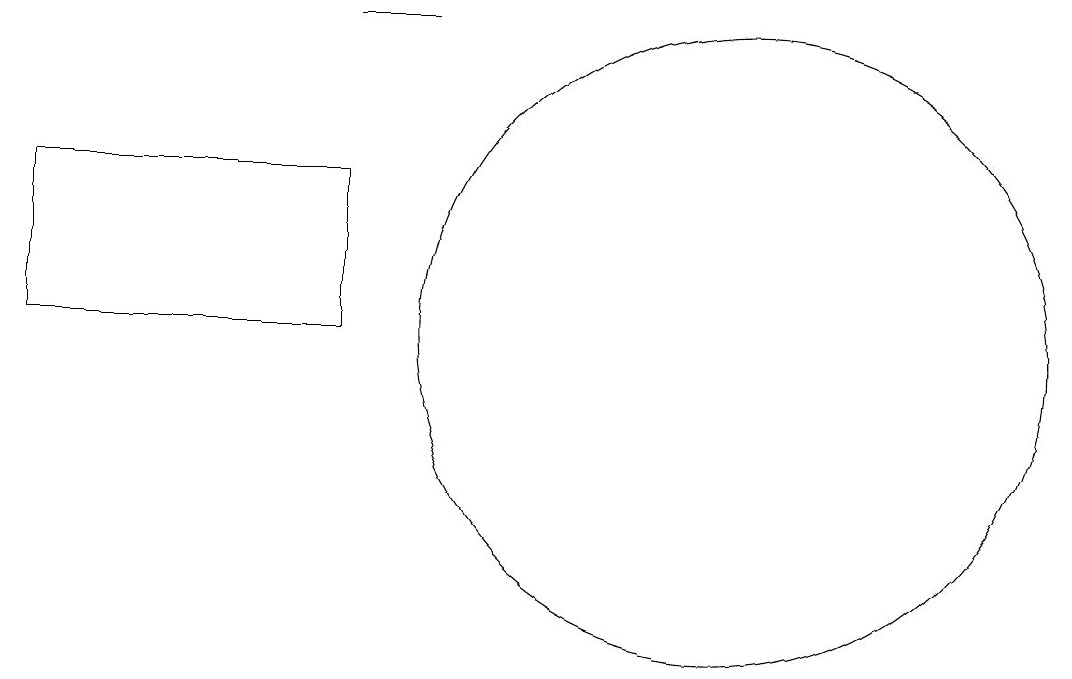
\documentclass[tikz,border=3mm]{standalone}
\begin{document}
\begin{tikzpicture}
\draw (10,11) circle (4);
\draw (5,11) rectangle (1,13);
\draw (6,15) rectangle (5,15);
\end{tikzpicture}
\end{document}